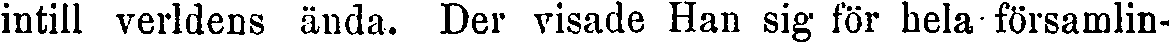
intill verldens ända. Der visade Han sig för hela församlin-